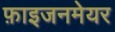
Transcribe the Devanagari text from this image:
फ़ाइजनमेयर